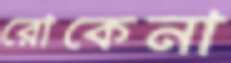
রোকেনা